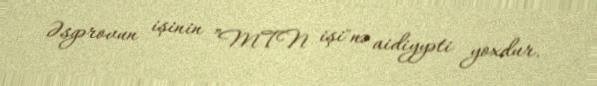
Əsgərovun işinin ”MTN işi"nə aidiyyəti yoxdur.